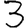
Digit: 3